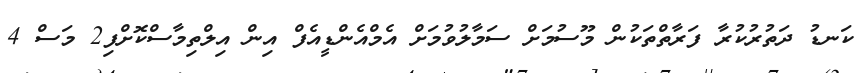
ކަނޑު ދަތުރުކުރާ ފަރާތްތަކުން މޫސުމަށް ސަމާލުވުމަށް އެމްއެންޑީއެފް އިން އިލްތިމާސްކޮށްފި2 މަސް 4